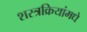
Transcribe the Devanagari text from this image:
शस्त्रक्रियांमधे